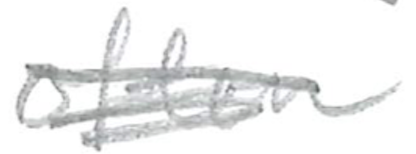
Text: often
Cross-out: scratch
Writing tool: pencil